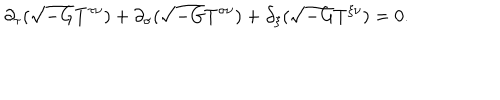
LaTeX: \partial _ { \tau } ( \sqrt { - G } T ^ { \tau \nu } ) + \partial _ { \sigma } ( \sqrt { - G } T ^ { \sigma \nu } ) + \partial _ { \xi } ( \sqrt { - G } T ^ { \xi \nu } ) = 0 .